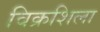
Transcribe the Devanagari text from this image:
विक्रशिला